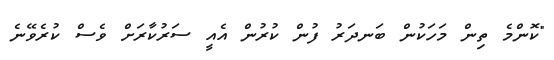
"ކޮންމެ ތިން މަހަކުން ބަނދަރު ފުން ކުރުން އެއީ ސަރުކާރަށް ވެސް ކުރެވޭނެ